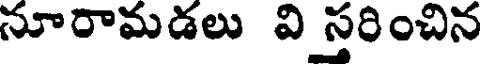
నూరామడలు వి స్తరించిన